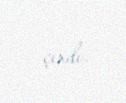
çıxdı.